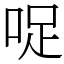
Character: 哫